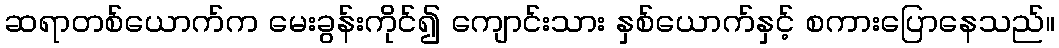
ဆရာတစ်ယောက်က မေးခွန်းကိုင်၍ ကျောင်းသား နှစ်ယောက်နှင့် စကားပြောနေသည်။